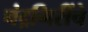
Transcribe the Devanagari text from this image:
चंद्रगिरींचे